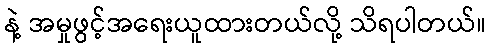
နဲ့ အမှုဖွင့်အရေးယူထားတယ်လို့ သိရပါတယ်။